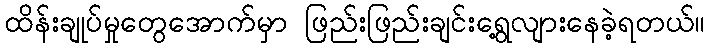
ထိန်းချုပ်မှုတွေအောက်မှာ ဖြည်းဖြည်းချင်းရွေ့လျားနေခဲ့ရတယ်။